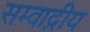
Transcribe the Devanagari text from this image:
सम्वाद्नीय